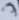
Text: 7